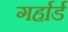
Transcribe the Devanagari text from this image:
गर्हार्ड